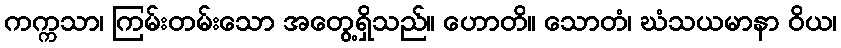
ကက္ကသာ၊ ကြမ်းတမ်းသော အတွေ့ရှိသည်။ ဟောတိ။ သောတံ၊ ဃံသယမာနာ ဝိယ၊